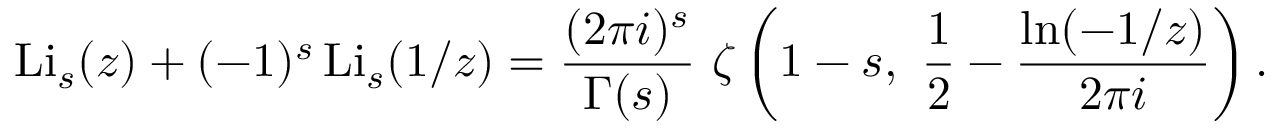
\operatorname { L i } _ { s } ( z ) + ( - 1 ) ^ { s } \operatorname { L i } _ { s } ( 1 / z ) = { \frac { ( 2 \pi i ) ^ { s } } { \Gamma ( s ) } } ~ \zeta \left( 1 - s , ~ { \frac { 1 } { 2 } } - { \frac { \ln ( - 1 / z ) } { 2 \pi i } } \right) .